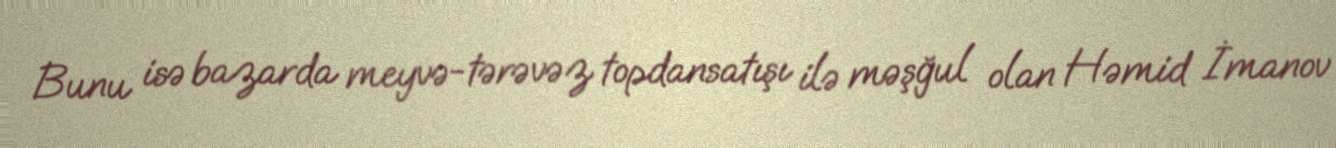
Bunu isə bazarda meyvə-tərəvəz topdansatışı ilə məşğul olan Həmid İmanov